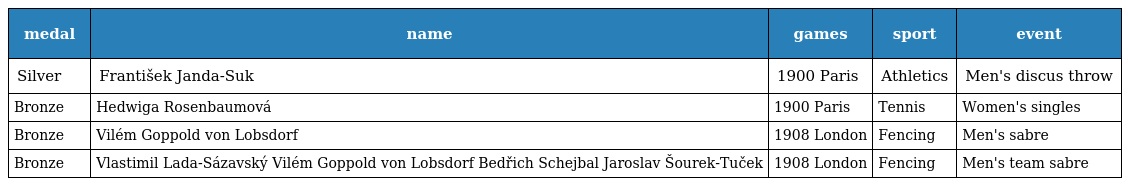
| medal | name | games | sport | event |
 | --- | --- | --- | --- | --- |
 | Silver | František Janda-Suk | 1900 Paris | Athletics | Men's discus throw |
 | Bronze | Hedwiga Rosenbaumová | 1900 Paris | Tennis | Women's singles |
 | Bronze | Vilém Goppold von Lobsdorf | 1908 London | Fencing | Men's sabre |
 | Bronze | Vlastimil Lada-Sázavský Vilém Goppold von Lobsdorf Bedřich Schejbal Jaroslav Šourek-Tuček | 1908 London | Fencing | Men's team sabre |